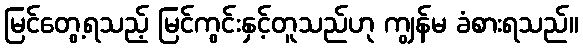
မြင်တွေ့ရသည့် မြင်ကွင်းနှင့်တူသည်ဟု ကျွန်မ ခံစားရသည်။